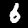
Digit: 6